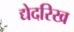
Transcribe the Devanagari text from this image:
द्येदरिख